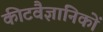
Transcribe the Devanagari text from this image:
कीटवैज्ञानिकों